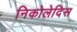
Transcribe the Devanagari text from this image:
निकोलेदिस